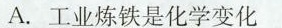
A.工业炼铁是化学变化